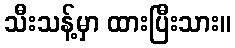
သီးသန့်မှာ ထားပြီးသား။